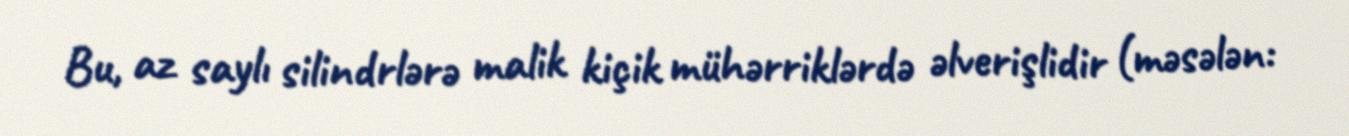
Bu, az saylı silindrlərə malik kiçik mühərriklərdə əlverişlidir (məsələn: